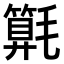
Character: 𣰚